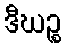
ဒီဃဉ္စ